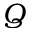
Q